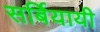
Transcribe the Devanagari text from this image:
सर्बियायी